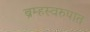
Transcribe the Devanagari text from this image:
ब्रम्हस्वरुपात